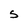
Character: S